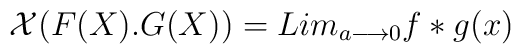
{\cal X}(F(X).G(X))=Lim_{a{\longrightarrow}0}f*g(x)